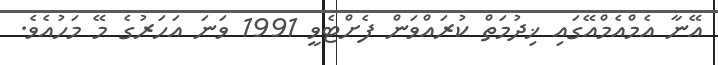
އޭނާ އެމްއެމްއޭގައި ޚިދުމަތް ކުރައްވަން ފެށްޓެވީ 1991 ވަނަ އަހަރުގެ މޭ މަހުއެވެ.